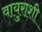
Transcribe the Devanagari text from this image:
वायुराशी